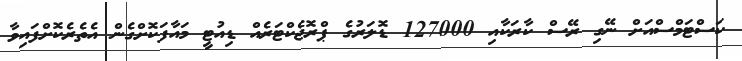
ކަސްޓަމްސްއަށް ނޭގި ރޭސް ކާރަކާއި 127000 ޑޮލަރުގެ ޕްރޮޖެކްޓަރެއް ޑިއުޓީ މައާފަކޮށްގެން އެތެރެކޮށްފައިވާ